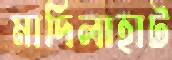
মাদিলাহাট